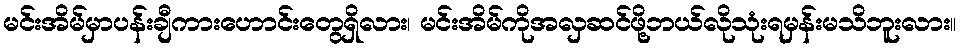
မင်းအိမ်မှာပန်းချီကားဟောင်းတွေရှိလား၊ မင်းအိမ်ကိုအလှဆင်ဖို့ဘယ်လိုသုံးရမှန်းမသိဘူးလား။